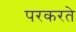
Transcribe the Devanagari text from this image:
परकरते